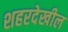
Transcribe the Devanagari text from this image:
शहरदेखील